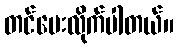
တင်ပေးလိုက်ပါတယ်။